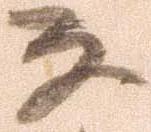
な